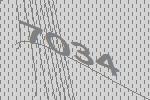
7034